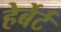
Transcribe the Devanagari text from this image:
हेर्बेर्ट